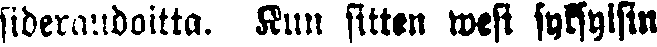
sideraudoitta. Kun sitten West syksyisin